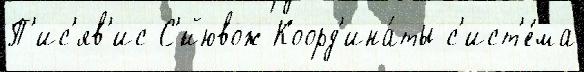
П'ис'яв'ис С'́йювож Коорд'ина́ты с'ист'е́ма